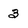
Character: 3